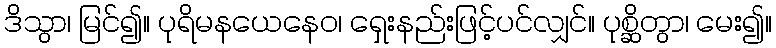
ဒိသွာ၊ မြင်၍။ ပုရိမနယေနေဝ၊ ရှေးနည်းဖြင့်ပင်လျှင်။ ပုစ္ဆိတွာ၊ မေး၍။